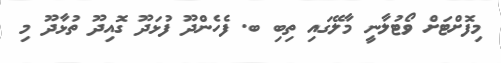
މިފޮށްޓަށް ވޯޓުލާނީ މާލޭގައި ތިބި ބ. ފެހެންދޫ ފުޅަދޫ ގޮއިދޫ ތުޅާދޫ މި